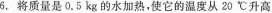
6.将质量是0.5kg的水加热，使它的温度从20℃升高